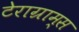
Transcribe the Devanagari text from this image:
टेराग्राम्स